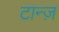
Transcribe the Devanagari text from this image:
टान्ज़